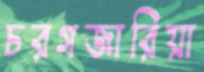
চরগজারিয়া